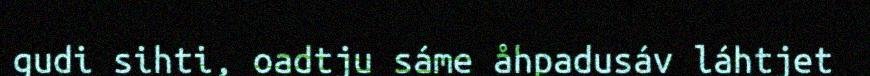
gudi sihti, oadtju sáme åhpadusáv láhtjet